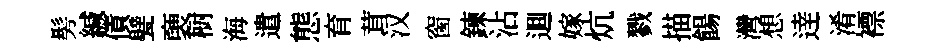
髣緘債甓褏𣗳海遣態育茸汉窗鍊沾逥嫁炕戮描餳灣想逹淆褾